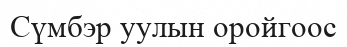
Сүмбэр уулын оройгоос